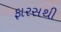
ફારસથી